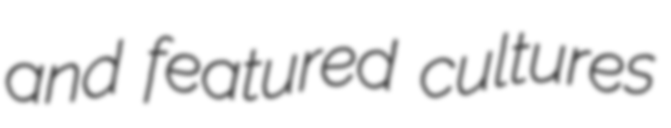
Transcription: and featured cultures